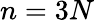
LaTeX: n=3N